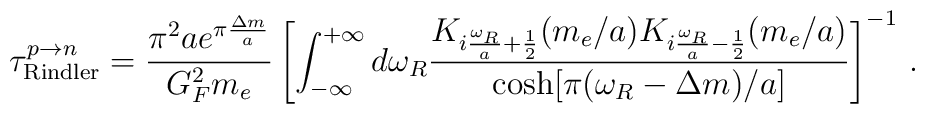
{\tau}^{p  \to n}_{\rm Rindler} = \frac{\pi^2 a e^{\pi \frac{\Delta m}{a}}}{G_F^2 m_e} \left[ \int_{-\infty}^{+\infty} d {\omega_R} \frac{      K_{i \frac{{\omega_R}}{a} + \frac{1}{2}} ( m_e/a)      K_{i \frac{{\omega_R}}{a} - \frac{1}{2}} ( m_e/a)       }     {\cosh[\pi ({\omega_R} -{\Delta m})/a ] } \right]^{-1} \, .